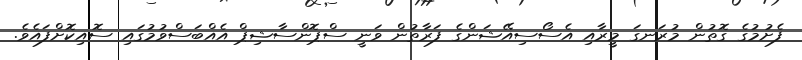
ފެށުމުގެ ގޮތުން މުރަނގަ މީރާއި އެސޯސިއޭޝަންގެ ފަރާތުން ވަނީ ސްޕޮންސާޝިޕް އެއްބަސްވުމުގައި ސޮއިކޮށްފައެވެ.